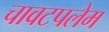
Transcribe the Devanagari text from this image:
चावटपलेम